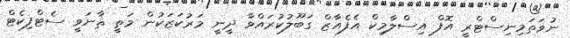
ނުވަތަމިނިސްޓްރީ އޮފް އިސްލާމިކް އެފެއާޒް ގަބޫލުކުރައްވާ ދީނީ މަރުކަޒަކުން މަތީ ޘާނަވީ ސެޓްފިކެޓް